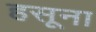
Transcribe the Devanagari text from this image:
हसूना